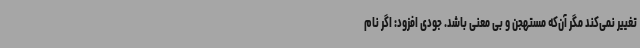
تغییر نمی‌کند مگر آن‌که مستهجن و بی معنی باشد. جودی افزود: اگر نام